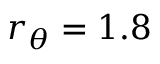
r _ { \theta } = 1 . 8